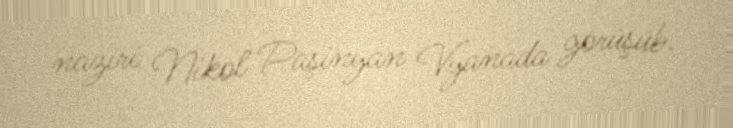
naziri Nikol Paşinyan Vyanada görüşüb.